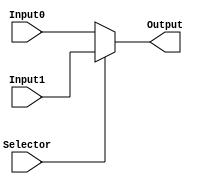
module mux_2_to_1_10bits(Output, Input0, Input1, Selector);

	input [9:0] Input0, Input1;
	input Selector;
	output [9:0] Output;

	assign Output = (Selector == 1'b0) ? Input0 :
			(Selector == 1'b1) ? Input1 : 10'bx;

endmodule